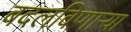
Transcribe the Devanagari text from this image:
बदलविणाऱ्या